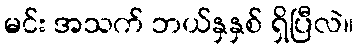
မင်း အသက် ဘယ်နှနှစ် ရှိပြီလဲ။